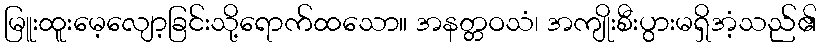
မြူးထူးမေ့လျော့ခြင်းသို့ရောက်ထသော။ အနတ္တဝသံ၊ အကျိုးစီးပွားမရှိအံ့သည်၏